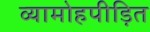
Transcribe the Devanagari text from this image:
व्यामोहपीड़ित